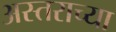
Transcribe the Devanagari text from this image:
अस्तराच्या